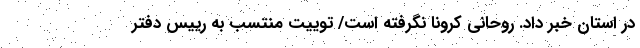
در استان خبر داد. روحانی کرونا نگرفته است/ توییت منتسب به رییس دفتر